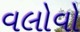
વલોવો